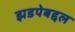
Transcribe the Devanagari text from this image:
झडपेबद्दल